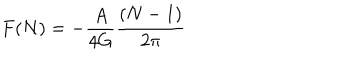
F ( N ) = - { \frac { A } { 4 G } } { \frac { ( N - 1 ) } { 2 \pi } }